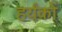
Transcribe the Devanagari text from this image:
हर्यंकों